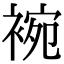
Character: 䘼